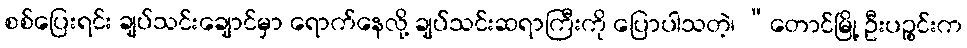
စစ်ပြေးရင်း ချပ်သင်းချောင်မှာ ရောက်နေလို့ ချပ်သင်းဆရာကြီးကို ပြောပါသတဲ့၊ “တောင်မြို့ ဦးပဉ္စင်းက